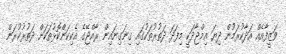
ވަޒީފާއެއް އަދާކުރަމުން ދިޔަ އިމްޖާދަކީ މިފަދަ ދަތުރުތަކުގައި ގިނަގިނައިން ރާއްޖޭގެ އެކިކަންކޮޅުތަކަށް ދަތުރުކުރަން